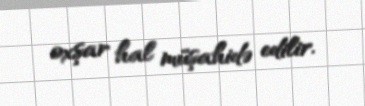
oxşar hal müşahidə edilir.